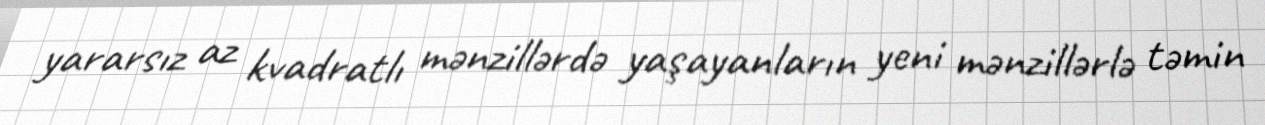
yararsız az kvadratlı mənzillərdə yaşayanların yeni mənzillərlə təmin